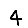
Digit: 4